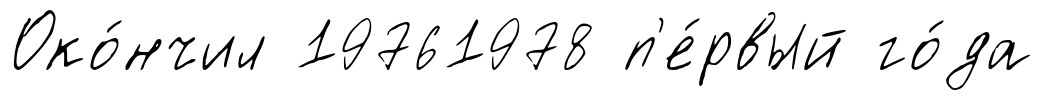
Око́нчил 19761978 п'е́рвый го́да